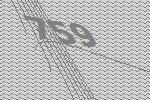
759